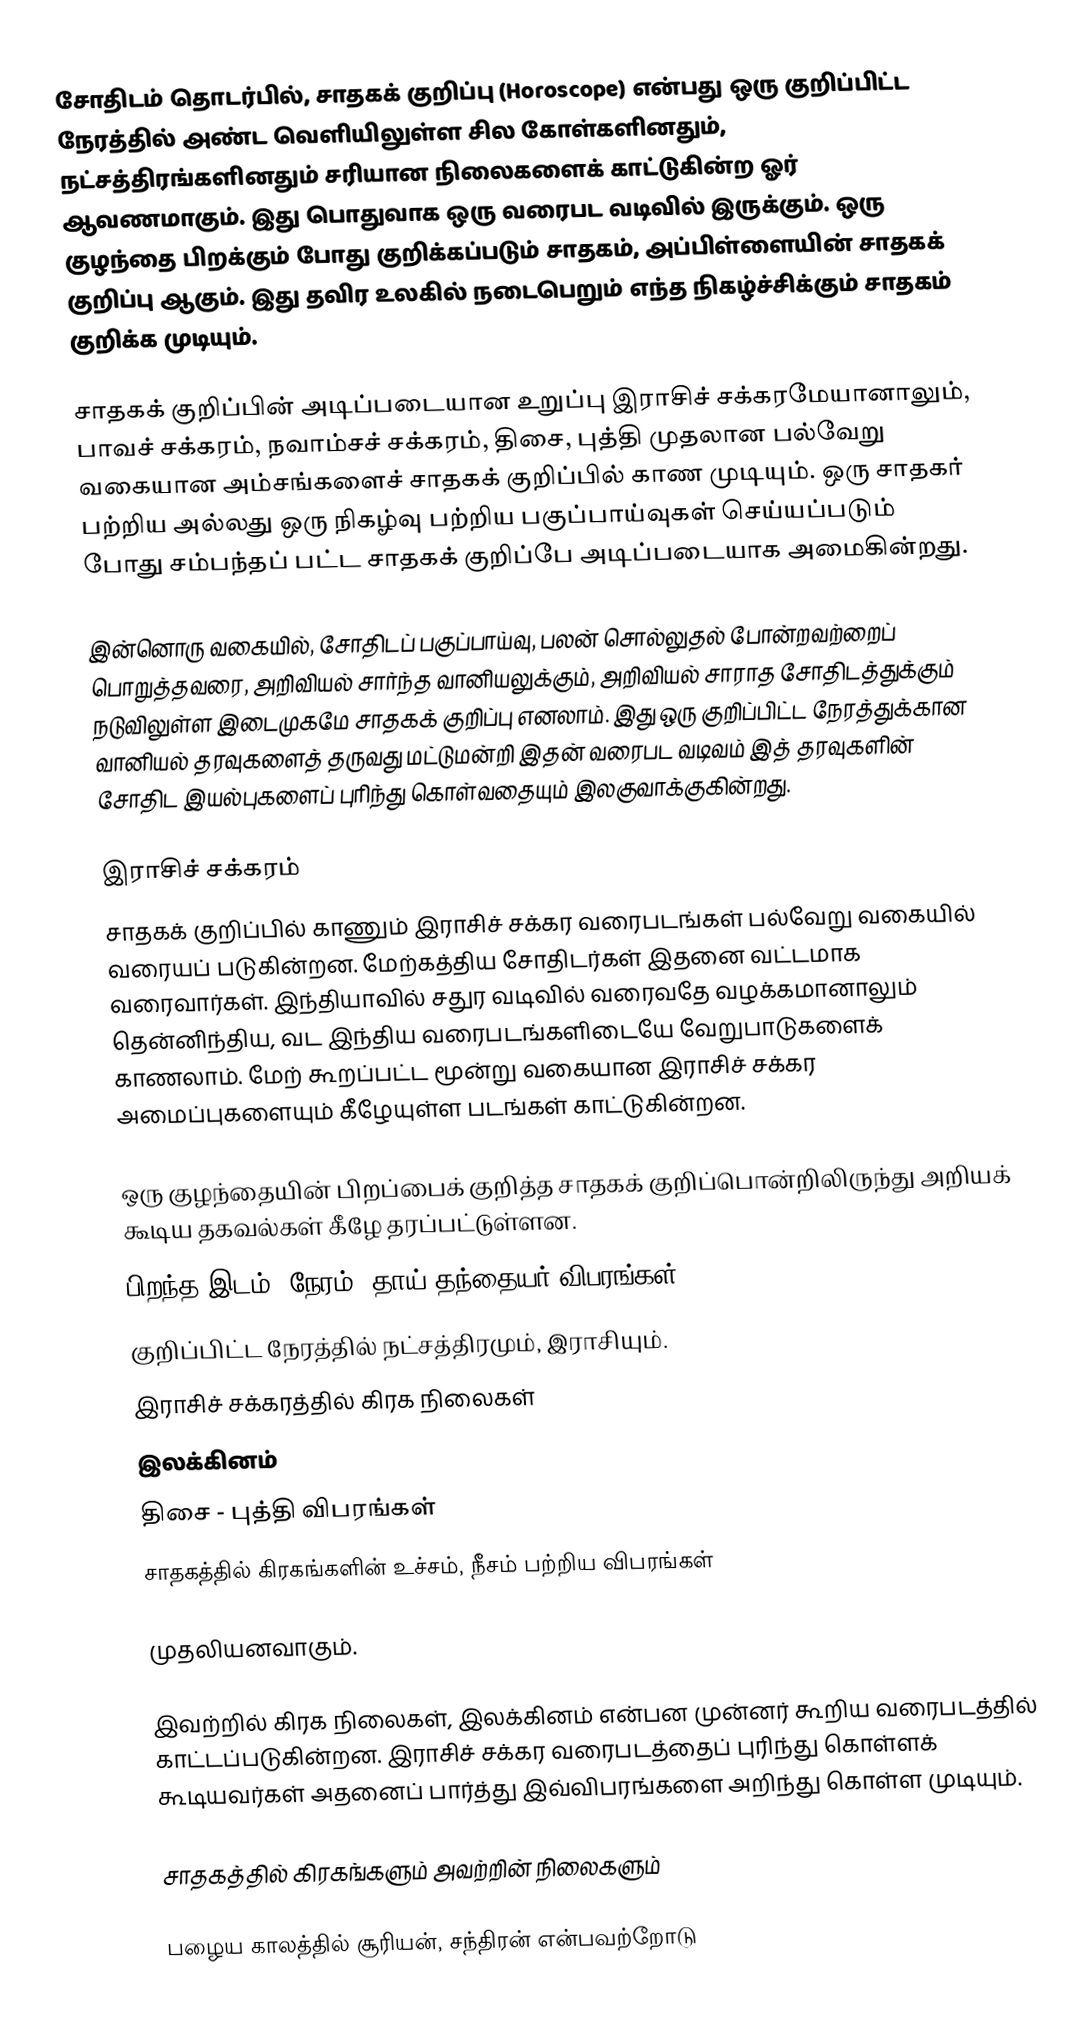
சோதிடம் தொடர்பில், சாதகக் குறிப்பு (Horoscope) என்பது ஒரு குறிப்பிட்ட நேரத்தில் அண்ட வெளியிலுள்ள சில கோள்களினதும், நட்சத்திரங்களினதும் சரியான நிலைகளைக் காட்டுகின்ற ஓர் ஆவணமாகும். இது பொதுவாக ஒரு வரைபட வடிவில் இருக்கும். ஒரு குழந்தை பிறக்கும் போது குறிக்கப்படும் சாதகம், அப்பிள்ளையின் சாதகக் குறிப்பு ஆகும். இது தவிர உலகில் நடைபெறும் எந்த நிகழ்ச்சிக்கும் சாதகம் குறிக்க முடியும்.

சாதகக் குறிப்பின் அடிப்படையான உறுப்பு இராசிச் சக்கரமேயானாலும், பாவச் சக்கரம், நவாம்சச் சக்கரம், திசை, புத்தி முதலான பல்வேறு வகையான அம்சங்களைச் சாதகக் குறிப்பில் காண முடியும். ஒரு சாதகர் பற்றிய அல்லது ஒரு நிகழ்வு பற்றிய பகுப்பாய்வுகள் செய்யப்படும் போது சம்பந்தப் பட்ட சாதகக் குறிப்பே அடிப்படையாக அமைகின்றது.

இன்னொரு வகையில், சோதிடப் பகுப்பாய்வு, பலன் சொல்லுதல் போன்றவற்றைப் பொறுத்தவரை, அறிவியல் சார்ந்த வானியலுக்கும், அறிவியல் சாராத சோதிடத்துக்கும் நடுவிலுள்ள இடைமுகமே சாதகக் குறிப்பு  எனலாம். இது ஒரு குறிப்பிட்ட நேரத்துக்கான வானியல் தரவுகளைத் தருவது மட்டுமன்றி இதன் வரைபட வடிவம் இத் தரவுகளின் சோதிட இயல்புகளைப் புரிந்து கொள்வதையும் இலகுவாக்குகின்றது.

இராசிச் சக்கரம்
சாதகக் குறிப்பில் காணும் இராசிச் சக்கர வரைபடங்கள் பல்வேறு வகையில் வரையப் படுகின்றன. மேற்கத்திய சோதிடர்கள் இதனை வட்டமாக வரைவார்கள். இந்தியாவில் சதுர வடிவில் வரைவதே வழக்கமானாலும் தென்னிந்திய, வட இந்திய வரைபடங்களிடையே வேறுபாடுகளைக் காணலாம். மேற் கூறப்பட்ட மூன்று வகையான இராசிச் சக்கர அமைப்புகளையும் கீழேயுள்ள படங்கள் காட்டுகின்றன.

ஒரு குழந்தையின் பிறப்பைக் குறித்த சாதகக் குறிப்பொன்றிலிருந்து அறியக் கூடிய தகவல்கள் கீழே தரப்பட்டுள்ளன.
 பிறந்த இடம், நேரம், தாய் தந்தையர் விபரங்கள்.
 குறிப்பிட்ட நேரத்தில் நட்சத்திரமும், இராசியும்.
 இராசிச் சக்கரத்தில் கிரக நிலைகள்
 இலக்கினம்
 திசை - புத்தி விபரங்கள்
 சாதகத்தில் கிரகங்களின் உச்சம், நீசம் பற்றிய விபரங்கள்

முதலியனவாகும்.

இவற்றில் கிரக நிலைகள், இலக்கினம் என்பன முன்னர் கூறிய வரைபடத்தில் காட்டப்படுகின்றன. இராசிச் சக்கர வரைபடத்தைப் புரிந்து கொள்ளக் கூடியவர்கள் அதனைப் பார்த்து இவ்விபரங்களை அறிந்து கொள்ள முடியும்.

சாதகத்தில் கிரகங்களும் அவற்றின் நிலைகளும்

பழைய காலத்தில் சூரியன், சந்திரன் என்பவற்றோடு